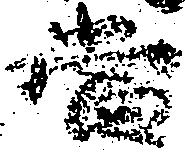
当